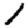
Digit: 1